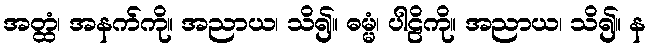
အတ္ထံ၊ အနက်ကို။ အညာယ၊ သိ၍။ ဓမ္မံ၊ ပါဠိကို။ အညာယ၊ သိ၍။ န